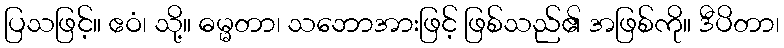
ပြသဖြင့်။ ဧဝံ၊ သို့။ ဓမ္မတာ၊ သဘောအားဖြင့် ဖြစ်သည်၏ အဖြစ်ကို။ ဒီပိတာ၊